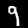
Label: 9